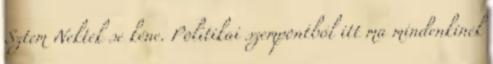
Sztem Nektek se kéne. Politikai szempontból itt ma mindenkinek